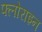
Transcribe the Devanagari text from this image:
फ्लोराइन